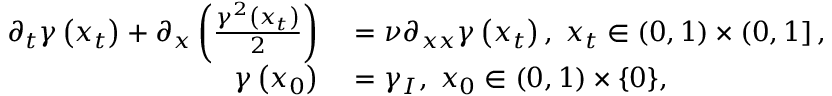
\begin{array} { r l } { \partial _ { t } \gamma \left( x _ { t } \right) + \partial _ { x } \left( \frac { \gamma ^ { 2 } \left( x _ { t } \right) } { 2 } \right) } & { { } = \nu \partial _ { x x } \gamma \left( x _ { t } \right) , \; x _ { t } \in \left( 0 , 1 \right) \times \left( 0 , 1 \right] , } \\ { \gamma \left( x _ { 0 } \right) } & { { } = \gamma _ { I } , \; x _ { 0 } \in \left( 0 , 1 \right) \times \{ 0 \} , } \end{array}